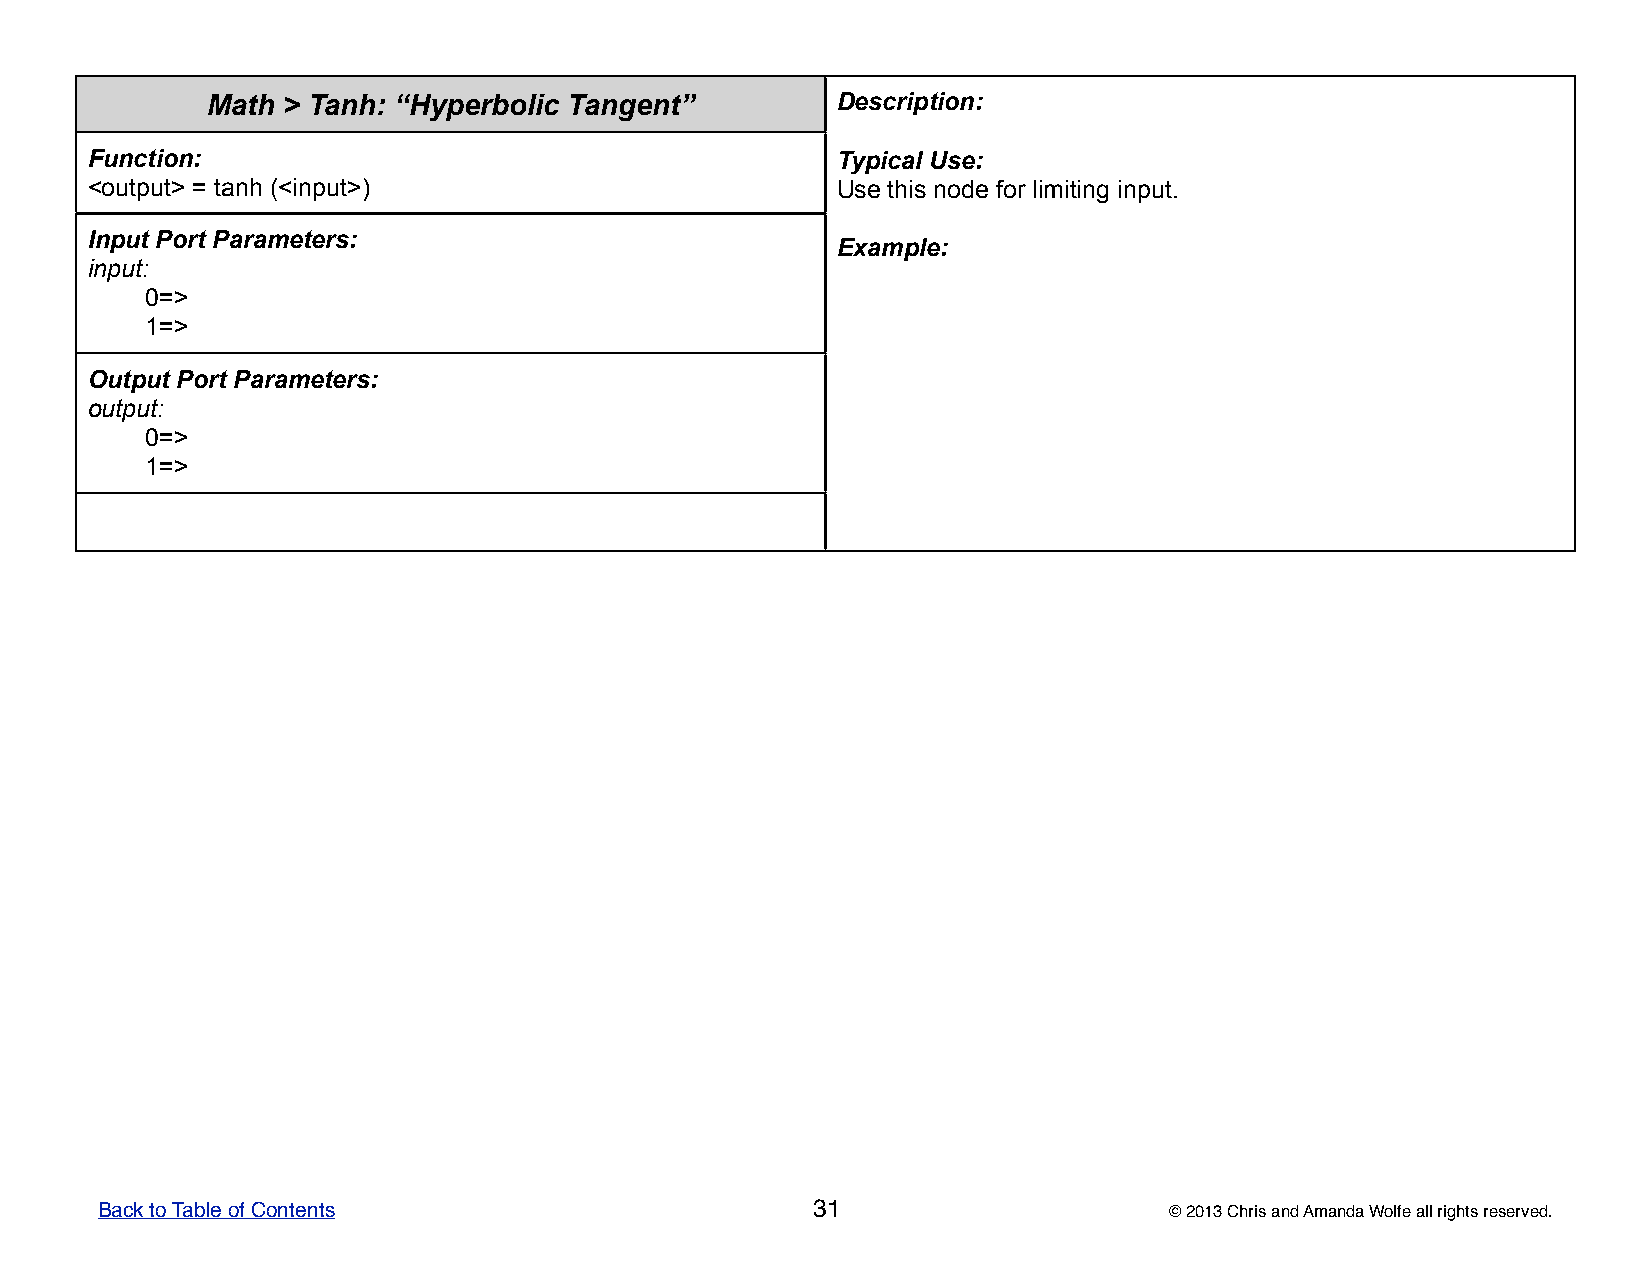
Math > Tanh: “Hyperbolic Tangent”        DDDDDeeeeessssscccccrrrrriiiiippppptttttiiiiiooooonnnnn:::::
 Function:                                        TTTTTyyyyypppppiiiiicccccaaaaalllll UUUUUssssseeeee:::::
 <output> = tanh (<input>)                        UUUUUssssseeeee ttttthhhhhiiiiisssss nnnnnooooodddddeeeee fffffooooorrrrr llllliiiiimmmmmiiiiitttttiiiiinnnnnggggg iiiiinnnnnpppppuuuuuttttt.....
 Input Port Parameters:
 EEEEExxxxxaaaaammmmmpppppllllleeeee:::::
 input:
 0=>
 1=>
 Output Port Parameters:
 output:
 0=>
 1=>
 Back to Table of Contents                       31                     © 2013 Chris and Amanda Wolfe all rights reserved.